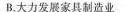
B.大力发展家具制造业